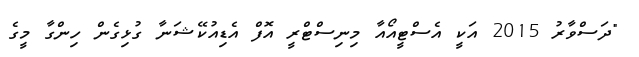
"ދަސްވާރު 2015 އަކީ އެސްޓީއޯއާ މިނިސްޓްރީ އޮފް އެޑިއުކޭޝަނާ ގުޅިގެން ހިންގާ މީގެ